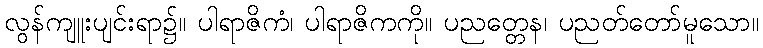
လွန်ကျူးပျင်းရာ၌။ ပါရာဇိကံ၊ ပါရာဇိကကို။ ပညတ္တေန၊ ပညတ်တော်မူသော။